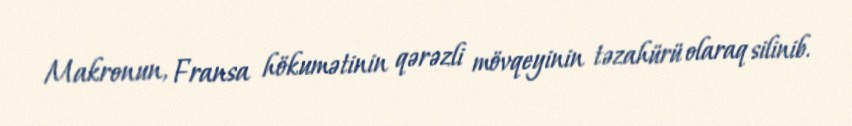
Makronun, Fransa hökumətinin qərəzli mövqeyinin təzahürü olaraq silinib.